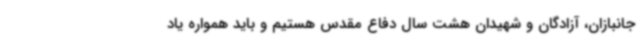
جانبازان، آزادگان و شهیدان هشت سال دفاع مقدس هستیم و باید همواره یاد